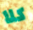
كلا